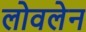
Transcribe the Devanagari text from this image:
लोवलेन